Leaving Certificate Examination (including Day School Certificate (Higher) General paper), 1939
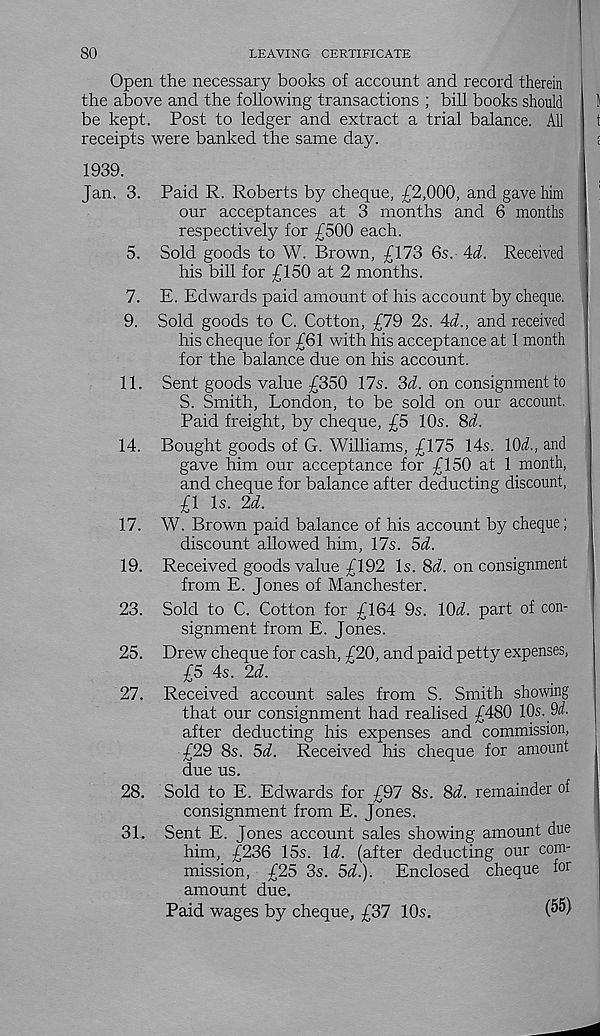
80
LEAVING CERTIFICATE
Open the necessary books of account and record therein
the above and the following transactions ; bill books should
be kept. Post to ledger and extract a trial balance. All
receipts were banked the same day.
1939.
Jan. 3. Paid R. Roberts by cheque, £2,000, and gave him
our acceptances at 3 months and 6 months
respectively for £500 each.
5. Sold goods to W. Brown, £173 6s. Ad. Received
his bill for £150 at 2 months.
7. E. Edwards paid amount of his account by cheque.
9. Sold goods to C. Cotton, £79 2s. Ad., and received
his cheque for £61 with his acceptance at 1 month
for the balance due on his account.
11. Sent goods value £350 17s. 3i. on consignment to
S. Smith, London, to be sold on our account.
Paid freight, by cheque, £5 10s. 8<7.
14. Bought goods of G. Williams, £175 14s. 10i., and
gave him our acceptance for £150 at 1 month,
and cheque for balance after deducting discount,
£1 Is. 2d.
17. W. Brown paid balance of his account by cheque;
discount allowed him, 17s. 5d.
19. Received goods value £192 Is. 8i. on consignment
from E. Jones of Manchester.
23. Sold to C. Cotton for £164 9s. \0d. part of con-
signment from E. Jones.
25. Drew cheque for cash, £20, and paid petty expenses,
£5 4s. 2d.
27. Received account sales from S. Smith showing
that our consignment had realised £480 10s. 9i.
after deducting his expenses and commission,
£29 8s. 5d. Received his cheque for amount
due us.
28. Sold to E. Edwards for £97 8s. 8d. remainder of
consignment from E. Jones.
31. Sent E. Jones account sales showing amount due
him, £236 15s. Id. (after deducting our com-
mission, £25 3s. 5<L). Enclosed cheque for
amount due.
Paid wages by cheque, £37 10s.
(^)